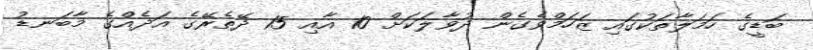
ބަޑީގެ ހަމަލާތަކުގައި ޒަހަމްވެގެން ދުވާލަކަށް 10 އާއި 15 ދޭތެރޭގެ އަދެއްގެ މާބަނޑު